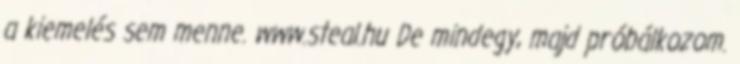
a kiemelés sem menne. www.steal.hu De mindegy, majd próbálkozom.